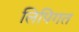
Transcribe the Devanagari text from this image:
लिपिगत